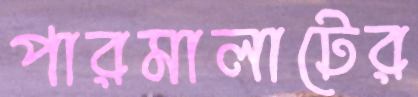
পারমালাটের